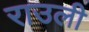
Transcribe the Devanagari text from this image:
राउली